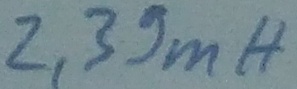
Text: 2,39mH